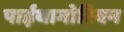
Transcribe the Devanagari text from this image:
पाईथागोरियन